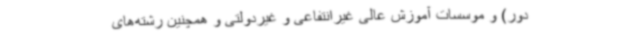
دور) و موسسات آموزش عالی غیرانتفاعی و غیردولتی و همچنین رشته‌های